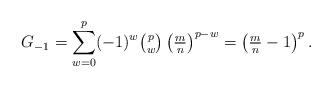
LaTeX: \begin{align*}G_{-1} = \sum_{w=0}^{p} (-1)^w \tbinom pw \left(\tfrac mn\right)^{p-w} = \left(\tfrac mn - 1\right)^p.\end{align*}